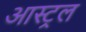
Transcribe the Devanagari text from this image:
आस्ट्रल